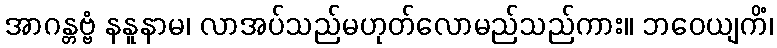
အာဂန္တဗ္ဗံ နနူနာမ၊ လာအပ်သည်မဟုတ်လောမည်သည်ကား။ ဘဝေယျကိံ၊